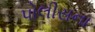
પોલીસના